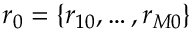
\boldsymbol { r _ { 0 } } = \{ r _ { 1 0 } , \dots , r _ { M 0 } \}